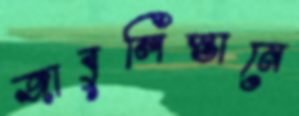
জাবুলিস্তানে